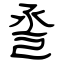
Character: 巹